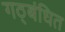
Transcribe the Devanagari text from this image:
गठ्बंधित